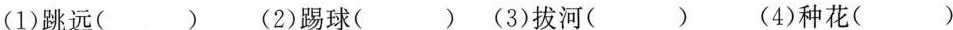
(1)跳远( )(2)踢球( )(3)拔河( )(4)种花( )